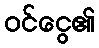
ဝင်ငွေ၏